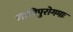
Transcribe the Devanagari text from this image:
साग्निपुरोगमाः